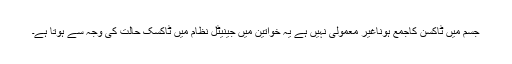
جسم میں ٹاکسن کاجمع ہوناغیر معمولی نہیں ہے یہ خواتین میں جینیٹل نظام میں ٹاکسک حالت کی وجہ سے ہوتا ہے۔